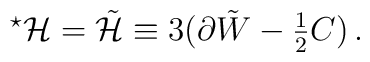
{}^\star {\cal H} = \tilde{\cal H} \equiv3 (\partial \tilde W -{\textstyle\frac{1}{2}} C)\, .